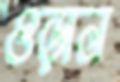
ওড়াল